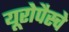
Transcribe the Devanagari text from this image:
यूरोपैस्चे